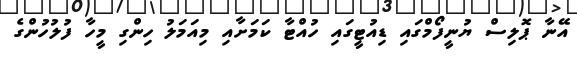
އޭނާ ޕޮލިސް ޔުނީފޯމްގައި ޑިއުޓީގައި ހުއްޓާ ކަމަށާއި މިއަމަލު ހިންގި މީހާ ފުލުހުންގެ